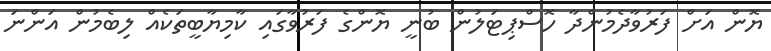
ޔޮން އަށް ފަރުވާދެމުންދާ ހޮސްޕިޓަލުން ބުނީ ޔޮންގެ ފަރުވާގައި ކާމިޔާބީތަކެއް ލިބެމުން އަންނަ